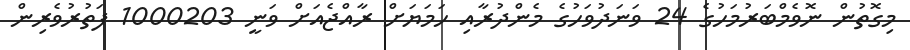
މިގޮތުން ނޮވެމްބަރުމަހުގެ 24 ވަނަދުވަހުގެ މެންދުރާއި ހަމަޔަށް ރާއްޖެއަށް ވަނީ 1000203 ފަތުރުވެރިން